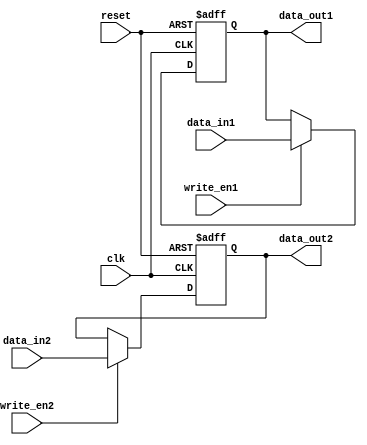
module dual_port_register (
    input wire clk,
    input wire reset,
    input wire write_en1,
    input wire write_en2,
    input wire [7:0] data_in1,
    input wire [7:0] data_in2,
    output reg [7:0] data_out1,
    output reg [7:0] data_out2
);

reg [7:0] storage1;
reg [7:0] storage2;

always @(posedge clk or posedge reset) begin
    if (reset) begin
        storage1 <= 8'b0;
        storage2 <= 8'b0;
    end else begin
        if (write_en1) begin
            storage1 <= data_in1;
        end
        if (write_en2) begin
            storage2 <= data_in2;
        end
    end
end

assign data_out1 = storage1;
assign data_out2 = storage2;

endmodule